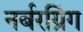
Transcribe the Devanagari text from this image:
नर्बरग्रिंग